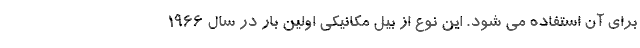
برای آن استفاده می شود. این نوع از بیل مکانیکی اولین بار در سال 1966